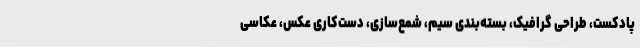
پادکست، طراحی گرافیک، بسته‌بندی سیم، شمع‌سازی، دست‌کاری عکس، عکاسی